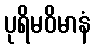
ပုရိမဝိမာနံ